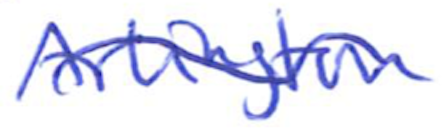
Text: Arlington
Cross-out: mix
Writing tool: ballpoint